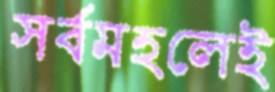
সর্বমহলেই